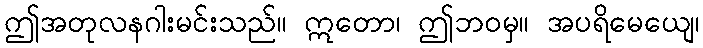
ဤအတုလနဂါးမင်းသည်။ ဣတော၊ ဤဘဝမှ။ အပရိမေယျေ၊